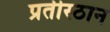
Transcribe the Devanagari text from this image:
प्रतीस्ठान